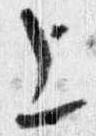
上